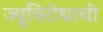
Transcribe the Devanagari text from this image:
ज्यूविरोधाची